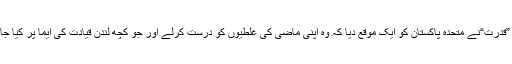
تاہم اس کے باوجود شاید ”قدرت“نے متحدہ پاکستان کو ایک موقع دیا کہ وہ اپنی ماضی کی غلطیوں کو درست کرلے اور جو کچھ لندن قیادت کی ایما پر کیا جاتا رہا، اس کا مدوا کرے۔